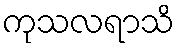
ကုသလရာသိ